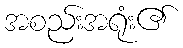
အစည်းအရုံး၏